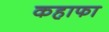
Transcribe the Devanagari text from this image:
कहाफा